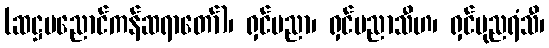
(ဆဋ္ဌမညောင်ကန်ဆရာတော်)၊ ရှင်ပညာ၊ ရှင်ပညာသီဟ၊ ရှင်ပုညရံသီ၊